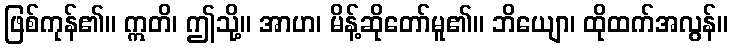
ဖြစ်ကုန်၏။ ဣတိ၊ ဤသို့။ အာဟ၊ မိန့်ဆိုတော်မူ၏။ ဘိယျော၊ ထိုထက်အလွန်။